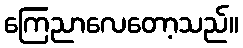
ကြေညာလေတော့သည်။